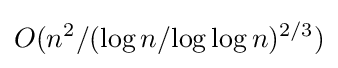
O(n^{2}/({\log n}/{\log \log n})^{2/3})